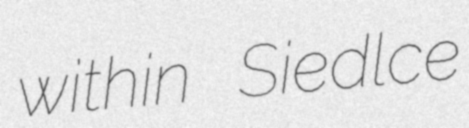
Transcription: within Siedlce